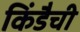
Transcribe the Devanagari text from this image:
किंडैची